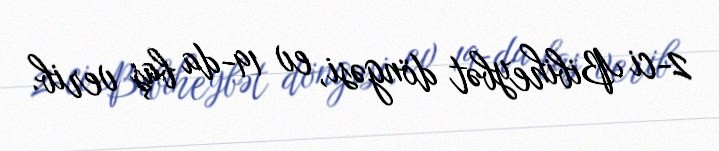
2-ci Bibiheybət döngəsi, ev 19-da baş verib.